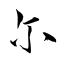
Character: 尓